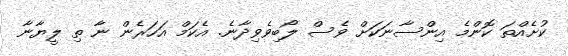
ކުށެއްތަ ކޮންމެ އިންސާނަކަށް ވެސް ލޯބިވެވިދާނެ. އެކަމް އަހަރެން ނާ ތި ލީޔާނާ